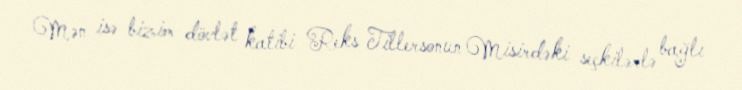
Mən isə bizim dövlət katibi Reks Tillersonun Misirdəki seçkilərlə bağlı